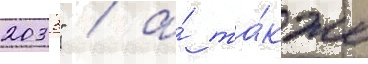
2033" / а́ та́кже